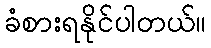
ခံစားရနိုင်ပါတယ်။